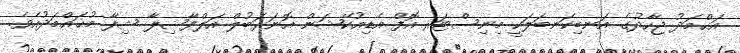
އަޙްމަދު ޖިހާދުގެ އަނބިކަނބަލަކީ މިނިސްޓަރ އޮފް އެޑިއުކޭޝަން އޮނަރަބުލް އަލްފާޟިލާ ޝިފާ މުޙައްމަދުއެވެ.